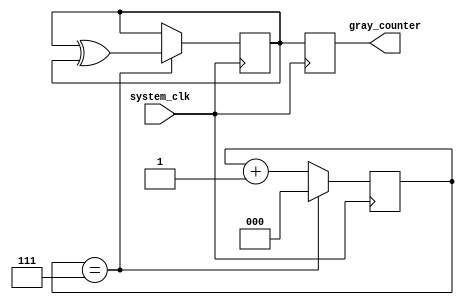
module gray_counter_clock_divider (
    input wire system_clk,
    output reg [3:0] gray_counter
);

reg [2:0] clock_divider;
reg [3:0] next_gray_counter;

always @(posedge system_clk) begin
    if (clock_divider == 7'b111) begin
        clock_divider <= 0;
        next_gray_counter <= next_gray_counter ^ ({next_gray_counter[3], next_gray_counter[2], next_gray_counter[1], next_gray_counter[0]});
    end else begin
        clock_divider <= clock_divider + 1;
    end
end

always @(posedge system_clk) begin
    gray_counter <= next_gray_counter;
end

initial begin
    clock_divider <= 0;
    next_gray_counter <= 4'b0000;
    gray_counter <= 4'b0000;
end

endmodule